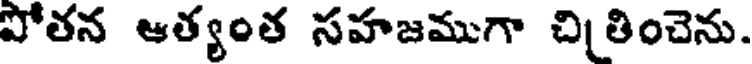
పోతన ఆత్యంత సహజముగా చితించెను.